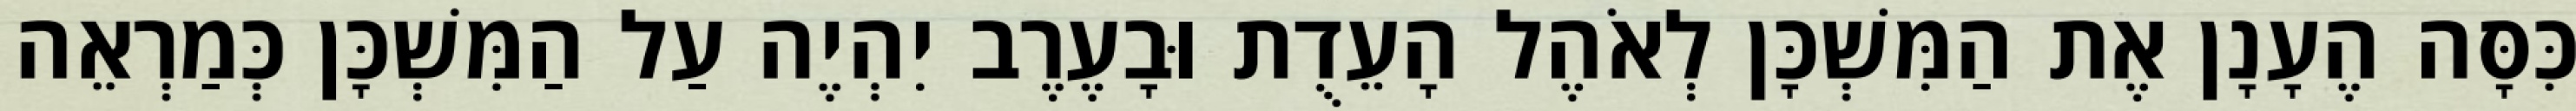
כִּסָּה הֶעָנָן אֶת הַמִּשְׁכָּן לְאֹהֶל הָעֵדֻת וּבָעֶרֶב יִהְיֶה עַל הַמִּשְׁכָּן כְּמַרְאֵה